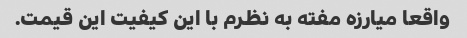
واقعا میارزه مفته به نظرم با این کیفیت این قیمت.